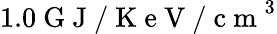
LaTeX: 1.0\mathrm{~G~J~/~K~e~V~/~c~m~}^{3}